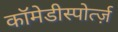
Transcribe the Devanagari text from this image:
कॉमेडीस्पोर्त्ज़